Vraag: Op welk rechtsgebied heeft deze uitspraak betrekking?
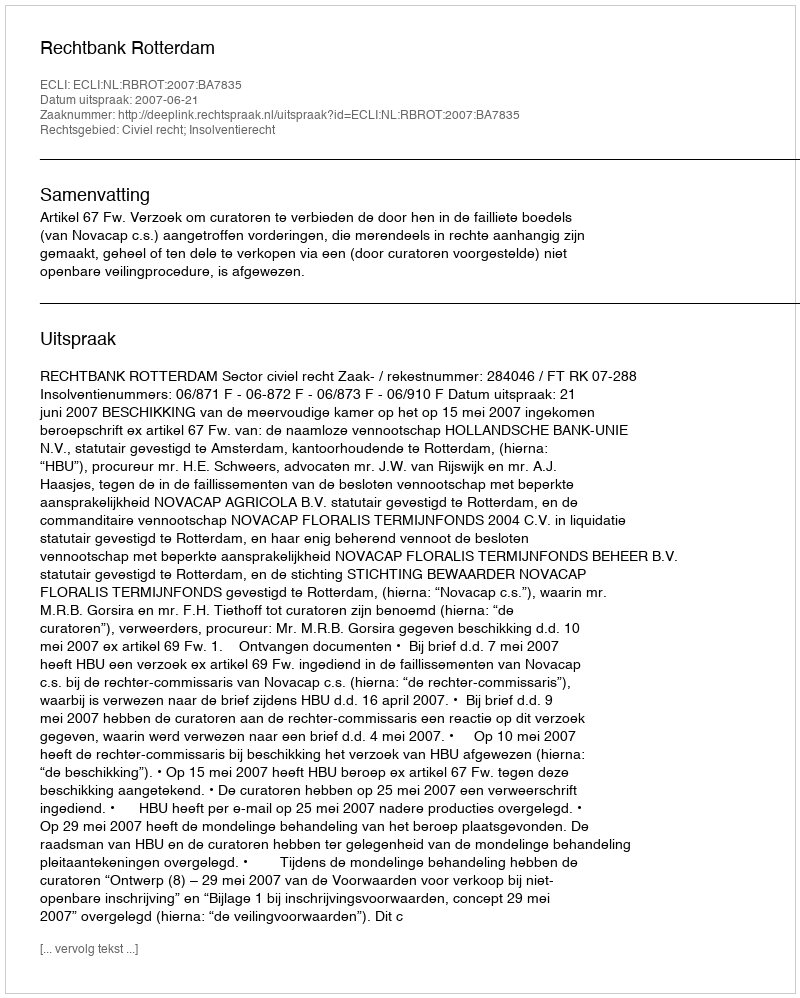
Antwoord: Civiel recht; Insolventierecht